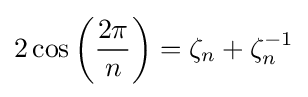
2\cos \left({\frac {2\pi }{n}}\right)=\zeta _{n}+\zeta _{n}^{-1}